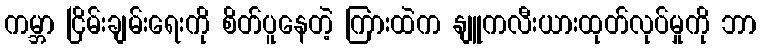
ကမ္ဘာ ငြိမ်းချမ်းရေးကို စိတ်ပူနေတဲ့ ကြားထဲက နျူကလီးယားထုတ်လုပ်မှုကို ဘာ